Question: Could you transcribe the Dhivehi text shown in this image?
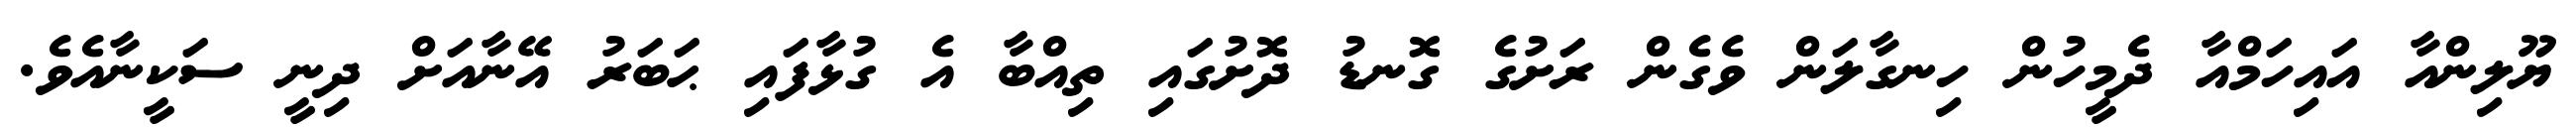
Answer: ޔޫލިންއާ އައިހަމްއާ ދެމީހުން ހިނގާލަން ވެގެން ރަށުގެ ގޮނޑު ދޮށުގައި ތިއްބާ އެ ގުޅާފައި ޙަބަރު އޭނާއަށް ދިނީ ސަކީނާއެވެ.